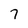
Character: 7